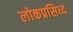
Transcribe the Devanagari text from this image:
लोकप्रसिध्द